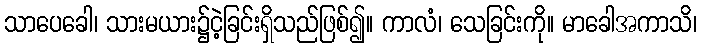
သာပေခေါ၊ သားမယား၌ငဲ့ခြင်းရှိသည်ဖြစ်၍။ ကာလံ၊ သေခြင်းကို။ မာခေါအကာသိ၊